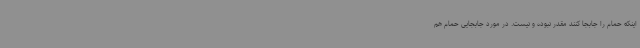
اینکه حمام را جابجا کنند مقدر نبوده و نیست. در مورد جابجایی حمام هم